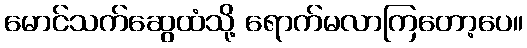
မောင်သက်ဆွေထံသို့ ရောက်မလာကြတော့ပေ။